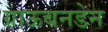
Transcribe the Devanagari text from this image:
ग्राऊबनडेन